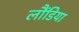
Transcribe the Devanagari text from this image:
लौंडिया